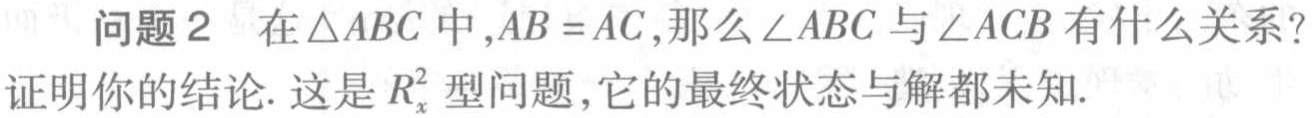
问题2 在\(\triangle ABC\)中,\(AB = AC\),那么\(\angle ABC\)与\(\angle ACB\)有什么关系?
证明你的结论. 这是\(R_{x}^{2}\)型问题,它的最终状态与解都未知.